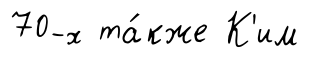
70-х та́кже К'им